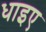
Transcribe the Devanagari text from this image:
धाइए